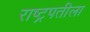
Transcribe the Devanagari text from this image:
राष्ट्रपतीला